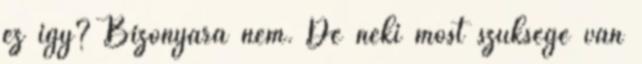
ez így? Bizonyára nem. De neki most szüksége van